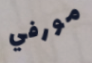
مورفي